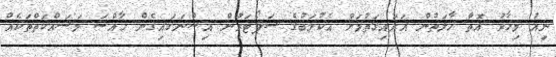
ނިއު މިހާރު އޮތް ހާލަތުން އަރައިގަތުމަށް އެކުލަބުގެ ސަޕޯޓަރުން އިސްނަގައިގެން ހާއްސަ މަސައްކަތްތަކެއް